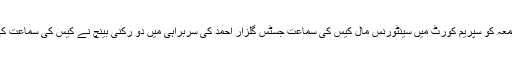
جمعہ کو سپریم کورٹ میں سینٹورنس مال کیس کی سماعت جسٹس گلزار احمد کی سربراہی میں دو رکنی بینچ نے کیس کی سماعت کی۔